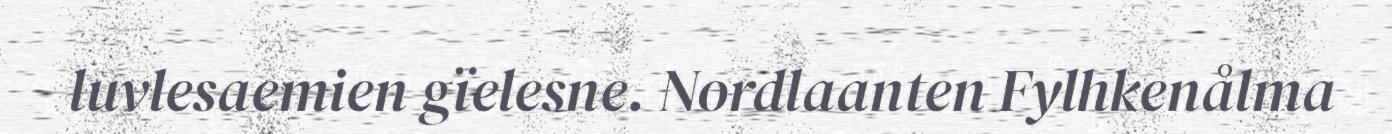
luvlesaemien gïelesne. Nordlaanten Fylhkenålma